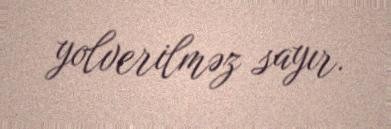
yolverilməz sayır.